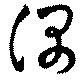
偶